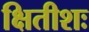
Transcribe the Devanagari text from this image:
क्षितीशः